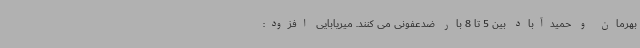
بهرمان و حمیدآباد بین 5 تا 8 بار ضدعفونی می کنند. میریابایی افزود: